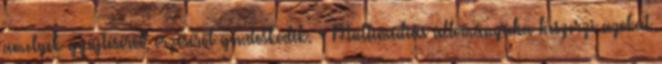
amelyek gyűjtéséről, őrzéséről gondoskodik. - Multimédiás állományába beszerzi azokat